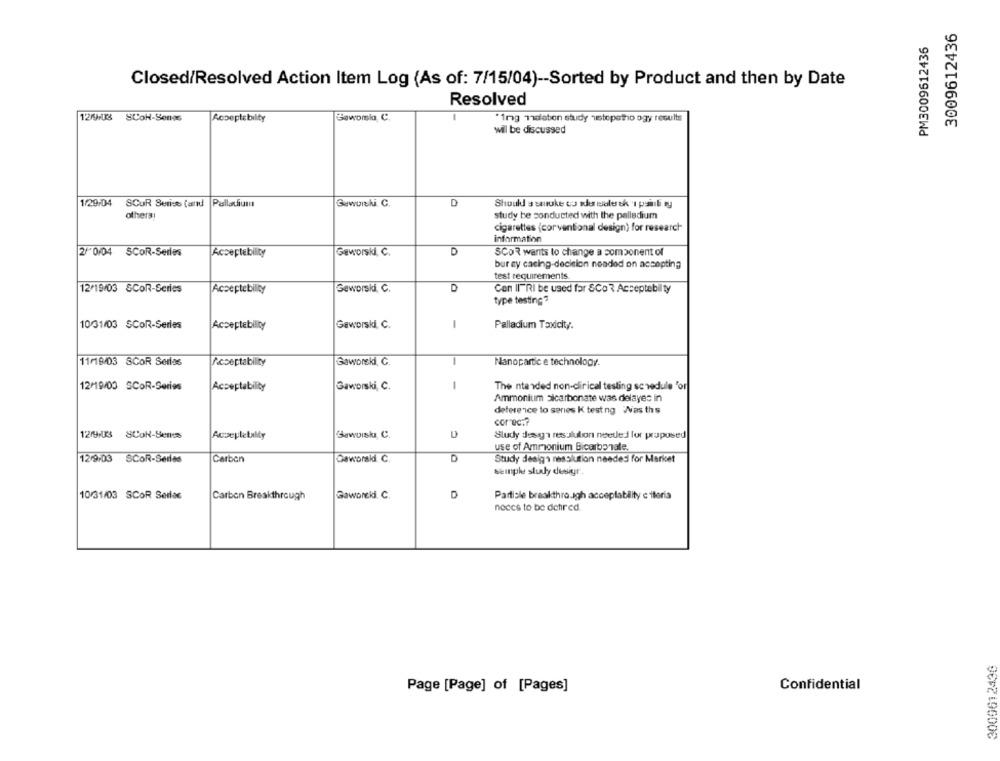
3009612436
PM3009612436
Closed/Resolved Action Item Log (As of: 7/15/04) -- Sorted by Product and then by Date
Resolved
12/93
SCON-Senas
Acceptebility
Gaworsla C.
"1mg Tidlabon study histopatho ogy results
will be discussed
1/29/04
SCUR Series (and Palladium
Buwolski C.
D
Should s smoke co serouler sk 'I psali ry
others!
study be conducted with the palladium
cigarettes (corventional design) for research-
information
2/ 0/04 SCOR-Series
Geworski, C.
D
Acceptability
SCOR wants to change a component of
bur zy cacing-decision neaded on accepting
test requirements.
12/19/03 SCOR-Series
Acceptebility
Geworski, C.
D
Con Il"RI be used for &Co? Acceptebilty
type testing?
10/31/03 SCOR-Series
Acceptebility
Geworski, C.
1
Palladium Taxicity.
11/19/03 SCOR Seriss
Acceptability
Gaworski, C.
1
Nanopartic e technology.
12/19/03 SCOR-Series
Acceptability
Gaworski, C.
1
The ntended non-clinical testing schedule "or
Ammonium Sicarbonate was delayes in
deterence to series K test ng "Was ths
correc .?
12/9/03 SCOR-Senes
Sawuiskı C.
D
Bludy desga resolution needed for proposed
use of Ammonium Bicarbonate.
12 9-03 SCOR-Series
Carbon
Daworski. C.
D
Study design resolution needed for Maricet
semple study desiyr
Gaworeki. C.
D
Partisle breakthrough acceplability c iteria
10/31/03 SCOR Seriac
Carbon Breakthrough
neces to be detired.
3009612436
Confidential
Page [Page] of [Pages]